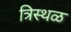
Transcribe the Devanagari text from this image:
त्रिस्थळ